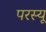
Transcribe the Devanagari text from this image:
परस्यू